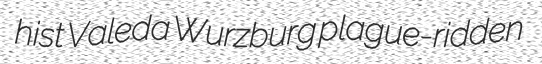
hist Valeda Wurzburg plague-ridden